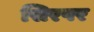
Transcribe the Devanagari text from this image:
सिरपर